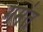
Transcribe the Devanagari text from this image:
गमंत